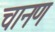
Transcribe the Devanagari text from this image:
चानण